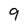
Character: 9